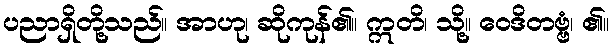
ပညာရှိတို့သည်။ အာဟု၊ ဆိုကုန်၏။ ဣတိ၊ သို့။ ဝေဒိတဗ္ဗံ၊ ၏။